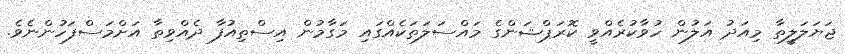
ޖަޔަލަލީތާ މިއަދު އަލުން ހުވާކުރެއްވީ ކޮރަޕްޝަންގެ މައްސަލަތަކެއްގައި މަގާމުން އިސްތިއުފާ ދެއްވިތާ އަށްމަސްފަހުންނެވެ.